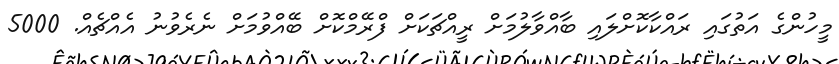
މީހުންގެ އަތުގައި ރައްކާކޮށްލައި ބާއްވާލުމަށް ރީއްޗަކަށް ފްރޭމްކޮށް ބޭއްވުމަށް ނެރެވުނު އެއްޗެއް. 5000